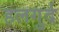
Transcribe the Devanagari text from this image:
हलगुर्द